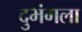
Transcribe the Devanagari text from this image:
दुभंगला